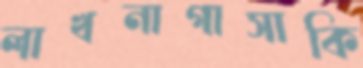
লাখনাগাসাকি